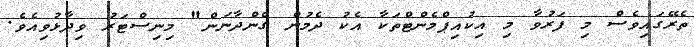
ތެރޭގައިވެސް މި ފަރުވާ މި އިކުއިޕްމެންޓްތަކާ އެކު ދެމުން ގެންދާނަން" މިނިސްޓަރު ވިދާޅުވިއެވެ.